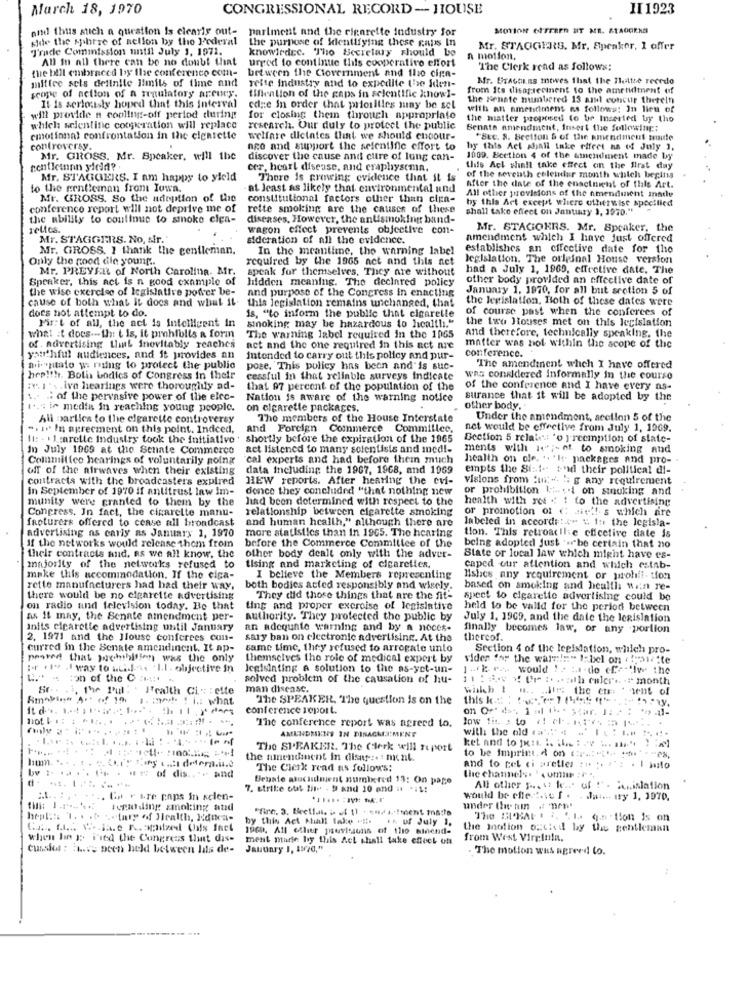
March 18, 1970
CONGRESSIONAL RECORD- HOUSE
II 1923
and thus stich a question Is clearly out- parlment and the cigarette industry for
MOTION EFTEREn SIT ME. STAGOKNS
side the sphere of aellon by the Federal
the purpose of Identifying these gaps In
Trade Commission until July 1, 1971.
knowirdec. Tho Secretary should be
Mr. STAGGERS. Mr. Speaker, 1 offer
All In all there can be no doubt that
urged to continue this cooperativo effort
n mollon,
the bill embraced by the conference com-
between the Clovernment and the cina-
The Clerk read as follows:
mittee seis definite limits of time and
Mr. ETAGELES Itwes that the Mettre recedo
scope of action of a regulatory areury.
relse industry and to expedite the iden-
from Its disaprecinent to the ametiment of
tihention of the gaps in selentific know !-
The Renate munbered 13 amt concur thereln
It Is seriously hoped that this interval
cdze in order that priorities may be sel
with an nmetitiment ns follows: In lieu of
will provide a cooling-off period during
for closing them through appropriate
the matter proposed to be Inserted by tho
which scientific cooperation will replace
research. Our duly to protect the public
Benate amendment, Insert the following ::
emotional confrontation in the clentette
welfare dictates that we should encour-
"Sec. 8. Section & of the amendment maude
controversy.
ago and support the scientific effort to
hy this Act shall take effect na of July 1,
Mr. GROSS. Mr. Speaker, will ibe
discover the cause and cutre of lung can-
1009. Section 4 of the amendment made by
contieinnn yield?
cer, heart disease, and craphysema.
this Act whall take effect on the first day
Mr. STAGGERS. I am happy to yield
There is growing evidence that it is
of the seventh calendar month whilehs begliss
to the gentleman from Iowa.
at least as likely that environmental und
After the date of the enactnicht of this Art.
All other provisions of the amendment made
Mr. GROSS. So the adoption of the
constitutional factors other than cien-
hy this Art except where otherwise specified
conference report will not deprive me of
rette smoking are the causes of these
shall take effect on January 1, 1970."
the ability to continue to smoke elea-
diseases, However, the antismoking band-
wagon effect prevents objective con-
Mr. STAGOKRS. Mr. Speaker, the
Mr. STAGGERS. No, Mr.
sidcration of all the evidence.
amendment which I have just offered
Mr. GROSS. I thank the gentleman.
In the meantime, the warning label
establishes an effective date for the
Only the good dile young ..
required by the 1965 net and this net
legislation. The original House version
Mr. PREVER of North Carolina. Mr.
speak for themselves, They are without
had a July 1, 1969, effretive date, The
Speaker, this act is a good example of
hidden meaning. The declared policy
other body provided an effective date of
the wise exercise of legislative poter be-
January 1, 1970, for all but srotion 5 of
cause of both what it does and what Il.
and purpose of the Congress in enacting
this legislation remains unchanged, that
the legislation, Both of these dates were
docs not attempt to do.
of course past when the conferees of
Pir:t of all, the act is intelligent in
is, "to inform the public that cigarette
the two Houses met on this legislation
sinoking may be hazardous to health."
what it does -- th: t is, it prohibits & form
The warning label required in the 1965
and therefore, technically speaking, the
of . advertising that inevitably reaches
act and the one required in this act are
conference.
matter was not within the scope of the
youthful audiences, and it provides an
intended to carry out this policy and pur-
aiutato wi raing to protect the public
pote. This policy has been and'is suc-
"The amendment whch I have offered
her !!! Bolia bodies of Congress in their
cessful in that reliable surveys indicate
was considered informally in the course
:e. I. s.ive hearings were thoroughly ad-
that 97 percent of the population of the
of the conference and I have every as-
... .. of the pervasive power of the elec-
Nation is aware of the warning notice
surance that it will be adopted by the
1 ..: in media in reaching young people.
on cigarette packages.
other body.
All parties to the cigarette controversy
The members of the House Interstate
Under the amendment, section 5 of the
-. ir In agreement on this point. Indeed,
and Foreign Commerce Commillee.
net would be effective from July 1, 1969.
11: . 1marelle Industry took the initiative'
shortly before the expiration of the 1965
Section 5 related 'o )-reemption of state-
In July 1009 at the Senate Commerce
act listened to many scientists and med !-
ments with 14 ;- of to smoking and
Commitico hearings of voluntarily poing
cal experts and had before them much
health on ole. .. 'It. packages and pro-
off of the airwaves when their existing
data including the 1967, 1968, and 1969
empts the Siei- thid their political di-
contracts with the broadcasters expired
REW reports. After hearing the evi-
visions from :ux -. "; g any requirement
in September of 1970 if antitrust law im-
dence they concluded "that nothing new
or prohibition 1 ::... i on smoking and
munity were granted to them by the
had been determined with respect to the
health with ret . 1 to the advertising
Congress. In fact, the cigarette manu-
relationship between cigarette smoking
or promotion of ( aie' !- s which are
facturers offered to cease all broadcast
and human health," although there are
labeled in accordi:4" " 1: the legisla-
advertising ns carly as January 1, 1970
more statistics than in 1965. The hearing
before the Commerce Committee of the
tion. This retroacile chicetive date is
if the networks would release them from
being adopted just be certain that no
their contracts and, as we all know, the
other body dealt only with the adver-
State or local law which might have es-
majority of the networks refused to
tising and marketing of cigarettes.
caped our attention and which estab-
make this accommodation. If the cipa-
I believe the Members representing
Ishes any requirement or prohifi- tion
rette manufacturers had had their way,
both bodies acted responsibly and wisely.
based on smoking and health win re-
there would be no cigarette advertising
They did those things that are the fit-
spect to cigarette advertising could be
on radio and television today. Bo that
ting and proper excroise of legislative
held to be valid for the period between
as it may, the Senate amendment per-
authority. They protected the public by
July 1. 1969, and the date the legislation
inits cigarette advertising until January
an adequate warning and by a noces-
finally becomes law, or any portion
2. 1971 and the Jlouse conferees con-
sary ban on electronic advertising. At the
thereof.
curred in the Senate amendinent. It ap-
same time, they refused to arregale unto
Section 4 of the legislation, which pro-
peores that prohibition was the only
themselves the role of medical expert by
vider for the wain != " 1;bel on ( !brite
Fr . wy way to utad-se . II . objective in
Jegisinting a solution to the as-yet-un-
1 -k rs would ! > :a do efe-"Iw the
ton of the C ::;.
solved problem of the causation of hu-
1. The Foul: Health Ci: : cite
man disease.
1. med! ! i .: what
The SPEAKER, The question is on the
this ks : 51: " ..
conference report.
The conference report was agreed to.
low fit. > to ( cf. tr. . .. .
AMENDMENT IN DINAGMTMENT
with the old '' #
ket and to jest is the : . .. .... " !: )
The SPEAKER. The Clerk will report
to be imprint, A on ( -: """ """,
the amendment in disny :. : ment.
by :. .. .. U . u o dis .... and
The Clerk read as follow's:
and to pel ci aretles : » ;. 77: . 1 mito
Bebate atucidmient numinted 13: On page
the channels. . . ummm ; ",
7. strike out lite - D and 20 and it -It:
All other pest te ... of !" . Au,islation
....... Gp r Ere paps in selen-
would be effective f .
.la .... ty 1, 1970.
Teploding smoking and
"fire, 3. Beetlais i ef 1) - u ...! ment mais
under the nin
hepl ::: 1. . . 0 -tary of Health, Educa-
by this Act Ahall fake vif.
IK of July 1.
The SUBALI i. .. I. q.m tion is on
1960. All eller pauvisions of 1lo sinend-
the motion oucied by the gentleman
when he B: F'sed the Congress that dis-
ment made by this Act shall take check out
from West Virginia.
Cunsiel : 1 ..= been held between lis de-
January 1, 1W/0,"
The motion was agreed to.